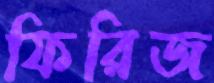
ফিরিজ